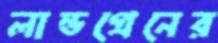
লান্ডগ্রেনের